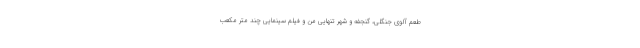
طعم آلوی جنگلی، گنجفه و شهر تنهایی من و فیلم سینمایی چند متر مکعب